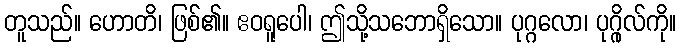
တူသည်။ ဟောတိ၊ ဖြစ်၏။ ဧဝရူပေါ၊ ဤသို့သဘောရှိသော။ ပုဂ္ဂလော၊ ပုဂ္ဂိုလ်ကို။